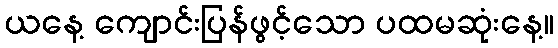
ယနေ့ ကျောင်းပြန်ဖွင့်သော ပထမဆုံးနေ့။